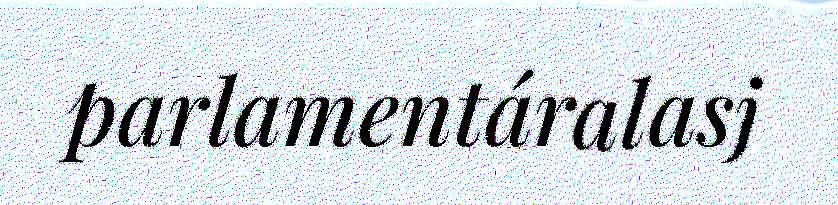
parlamentáralasj